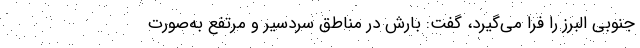
جنوبی البرز را فرا می‌گیرد، گفت: بارش در مناطق سردسیر و مرتفع به‌صورت